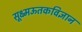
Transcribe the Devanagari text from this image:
सूक्ष्मऊतकविज्ञान